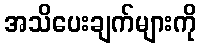
အသိပေးချက်များကို